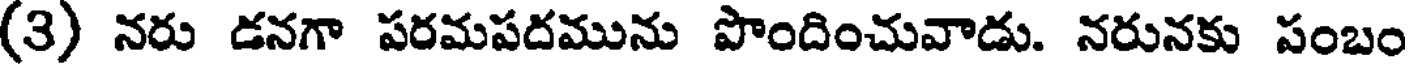
(3) నరు డనగా పరమపదమును పొందించువాడు. నరునకు పంబం